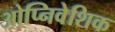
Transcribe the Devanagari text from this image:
ओप्निवेशिक